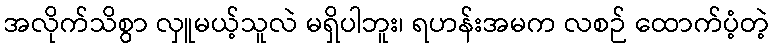
အလိုက်သိစွာ လှူမယ့်သူလဲ မရှိပါဘူး၊ ရဟန်းအမက လစဉ် ထောက်ပံ့တဲ့